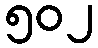
၅၀၂